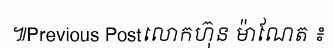
៕Previous Postលោកហ៊ុន ម៉ាណែត ៖